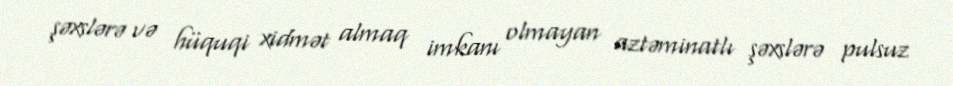
şəxslərə və hüquqi xidmət almaq imkanı olmayan aztəminatlı şəxslərə pulsuz